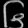
Digit: ၆